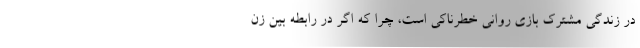
در زندگی مشترک بازی روانی خطرناکی است، چرا که اگر در رابطه بین زن